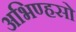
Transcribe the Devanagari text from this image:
अभिण्हसो